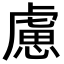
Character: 慮